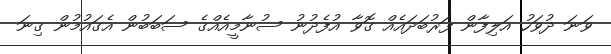
ވަނަ ދުވަހު އަލިފާން ފަރުބަދައެއް ގޮވާ އުފެދުނު ސުނާމީއެއްގެ ސަބަބުން އެގައުމުން ގިނަ